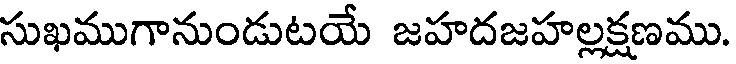
సుఖముగానుండుటయే జహదజహల్లక్షణము.